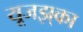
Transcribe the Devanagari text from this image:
यूजझ्‌का